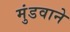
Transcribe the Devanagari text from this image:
मुंडवाने